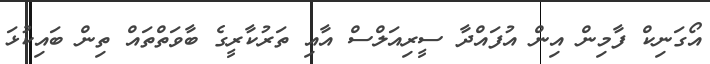
އޯގަނިކް ފާމިން އިން އުފައްދާ ސީރިއަލްސް އާއި ތަރުކާރީގެ ބާވަތްތައް ތިން ބައިކުޅަ